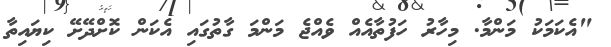
"އެކަމަކު މަންމާ. މިހާރު ހަފުތާއެއް ވެއްޖެ މަންމަ ގާތުގައި އެކަން ކޮށްދޭށޭ ކިޔައިތާ